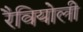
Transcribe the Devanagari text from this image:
रैवियोली